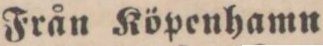
Från Köpenhamn